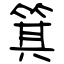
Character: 箕